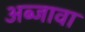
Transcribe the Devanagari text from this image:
अब्जावा